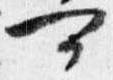
可